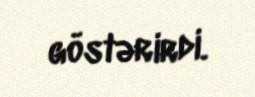
göstərirdi.